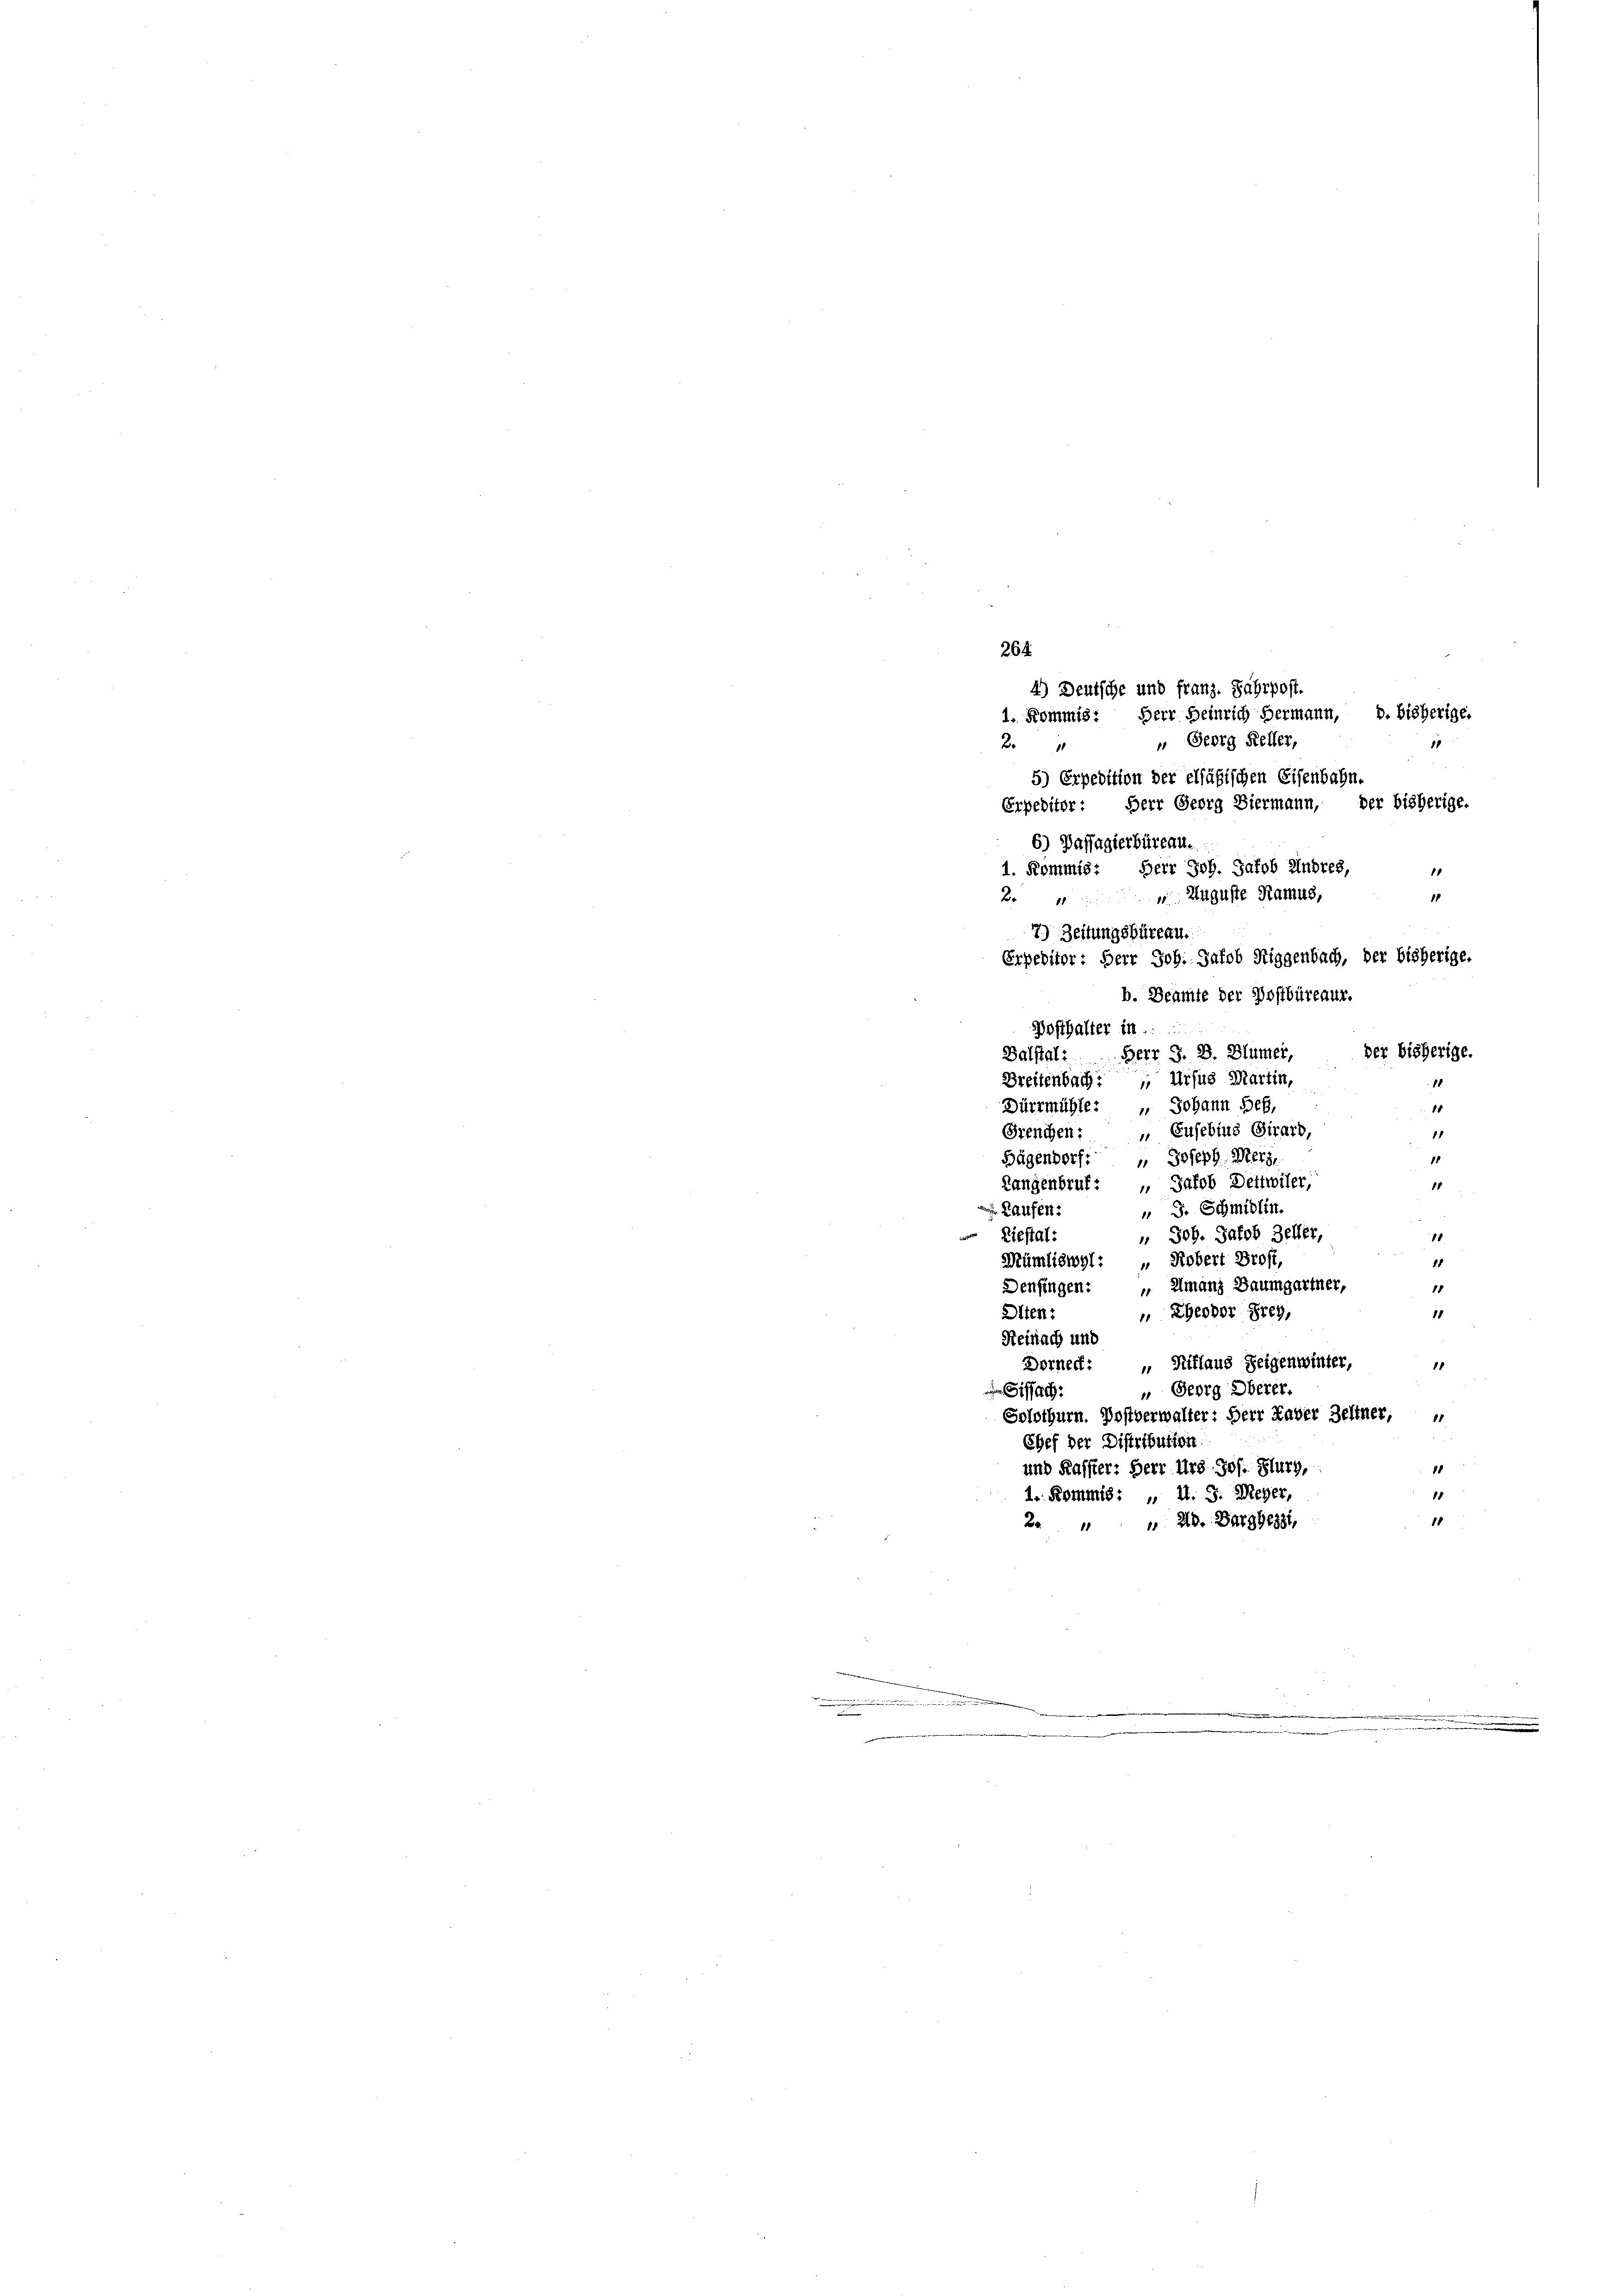
5) Expedition der elfäßischen Eisenbahn.
Erpeditor: Herr Georg Biermann, der bisherige.
6) Dassagierbüreau.
1. Kommis: Herr Joh. Jakob Andres,
1
11
7) Zeitungsbüreau.
Balstal: Herr J. D. Blümer, der bisherige.
Breitenbach: „ Ursus Martin,
Dürrmühle: " Johann Heß,
18
Greuchen: „Eusebins Girard,
11
Joseph Merz,
18
Fügendorf:
1
Langenbruf: „Jakob Dettwiler,
11
" J. Schmidlin.
 Kaufen:
 Joh. Jakob Zeller,
18.
er Liestal:
15
Mümliswyl: „ Robert Brost,
Denfingen: „Umanz Baumgartner,
18
 Theodor Frey,
15
Olten:
Reinach und
Dorner: „Riflaus Zeigenwinter,
11
 Georg Oberer.
Sissach
Solothurn. Postverwalter: Herr Haber Zeltner;
Chef der Distribution.
1
und Kasster: Herr Urs Jos. Flurz,
15
1. Kommis: „ U. J. Wieger,
18
2. " " " 28. Darghezzi,

264
4.) Deutsche und franz. Fahrpost.
1. Kommis. Herr Heinrich Hermann, d. bisherige.
 Georg Keller,
B

2. Auguste Ramus,

Erpeditor: Herr Joh. Jakob Siggenbach, der bisherige.
b. Beamte der Postbüreaur.
Posthalter in

11

|
n